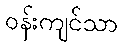
ဝန်းကျင်သာ